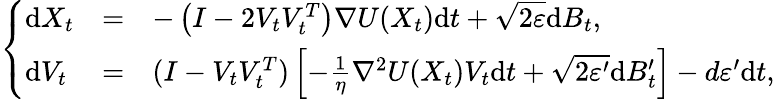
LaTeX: \left\{ \begin{array}{lll}{\mathrm{d}X_{t}}&{=}&{-\left(I-2V_{t}V_{t}^{T}\right)\nabla U(X_{t})\mathrm{d}t+\sqrt{2\varepsilon}\mathrm{d}B_{t},}\\ {\mathrm{d}V_{t}}&{=}&{(I-V_{t}V_{t}^{T})\left[-\frac{1}\eta\nabla^{2}U(X_{t})V_{t}\mathrm{d}t+\sqrt{2\varepsilon^{\prime}}\mathrm{d}B_{t}^{\prime}\right]-d\varepsilon^{\prime}\mathrm{d}t,}\end{array}\right.